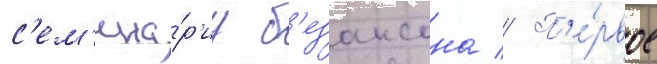
с'ем'ина́р'иу б'езансона // П'е́рвое